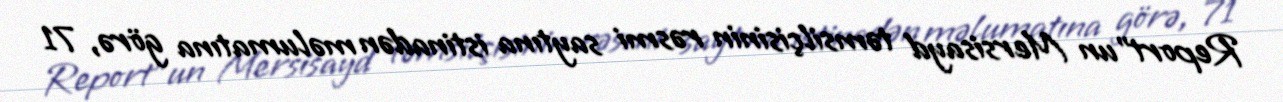
Report"un Mersisayd təmsilçisinin rəsmi saytına istinadən məlumatına görə, 71